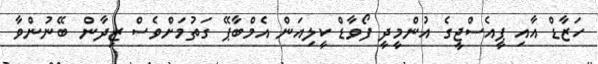
ހަޒާޑް އާއި ޕީއެސްޖީގެ އުންމީދީ ފޯވާޑް ކީލިއަން އެމްބާޕޭ ގަތުމަށްވެސް ޒިދާން ބޭނުންވާ